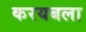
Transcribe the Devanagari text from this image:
करयबला